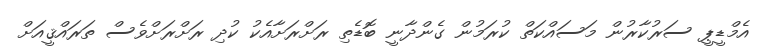
އެމްޑީޕީ ސަރުކާރުން މަސައްކަތް ކުރަމުން ގެންދާނީ ބޮޑެތި ރަށްރަށާއެކު ކުދި ރަށްރަށްވެސް ތަރައްޤީއަށް